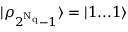
| \rho _ { 2 ^ { \mathrm { N _ { q } } } - 1 } \rangle = | 1 . . . 1 \rangle